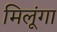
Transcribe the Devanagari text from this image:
मिलूंगा